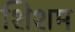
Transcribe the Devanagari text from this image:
शिशम